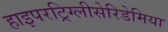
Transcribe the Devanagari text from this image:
हाइपरट्रिग्लीसेरिडेमिया